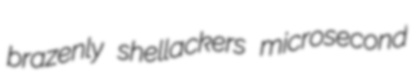
brazenly shellackers microsecond